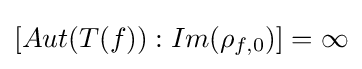
[Aut(T(f)):Im(\rho _{f,0})]=\infty